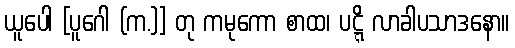
ယူပေါ [ပူဂေါ (က.)] တု ကမုကော စာထ၊ ပဋ္ဋိ လာခါပသာဒနော။